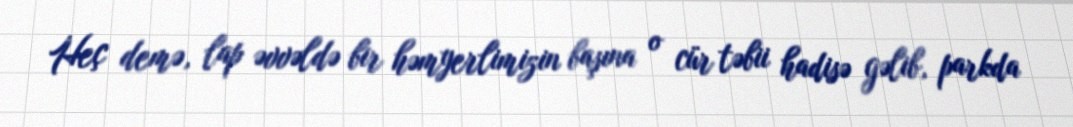
Heç demə, lap əvvəldə bir həmyerlimizin başına o cür təbii hadisə gəlib, parkda